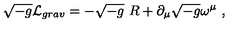
\sqrt { - g } { \cal L } _ { g r a v } = - \sqrt { - g } \ R + \partial _ { \mu } \sqrt { - g } \omega ^ { \mu } \ ,